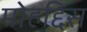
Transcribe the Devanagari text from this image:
मोहद्दिस